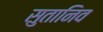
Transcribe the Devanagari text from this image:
सुतानिव